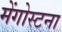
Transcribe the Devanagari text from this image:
मेंगोस्टना